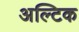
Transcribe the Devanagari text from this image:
अल्टिक